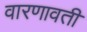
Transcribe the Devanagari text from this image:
वारणावती